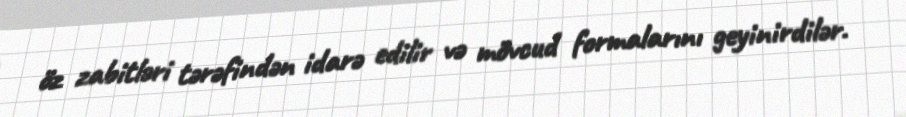
öz zabitləri tərəfindən idarə edilir və mövcud formalarını geyinirdilər.